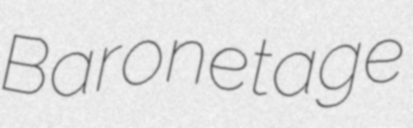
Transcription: Baronetage